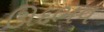
ઊદભવ